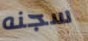
سجنه